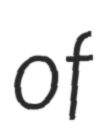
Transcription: of